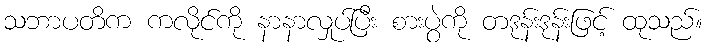
သဘာပတိက ကလိုင်ကို နာနာလှုပ်ပြီး စားပွဲကို တဒုန်းဒုန်းဖြင့် ထုသည်။